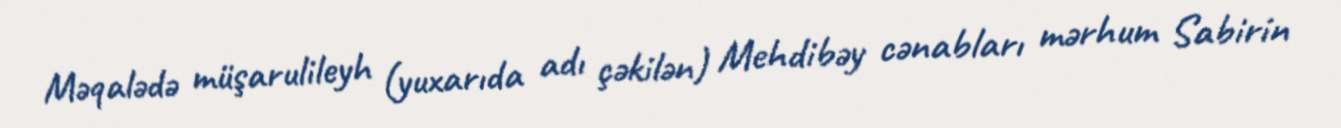
Məqalədə müşarulileyh (yuxarıda adı çəkilən) Mehdibəy cənabları mərhum Sabirin